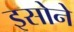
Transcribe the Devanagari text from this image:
इसोने